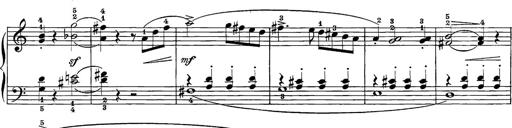
Title: 12 Sonatine per Pianoforte
Composer: Friedrich Kuhlau